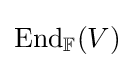
{\text{End}}_{\mathbb {F} }(V)